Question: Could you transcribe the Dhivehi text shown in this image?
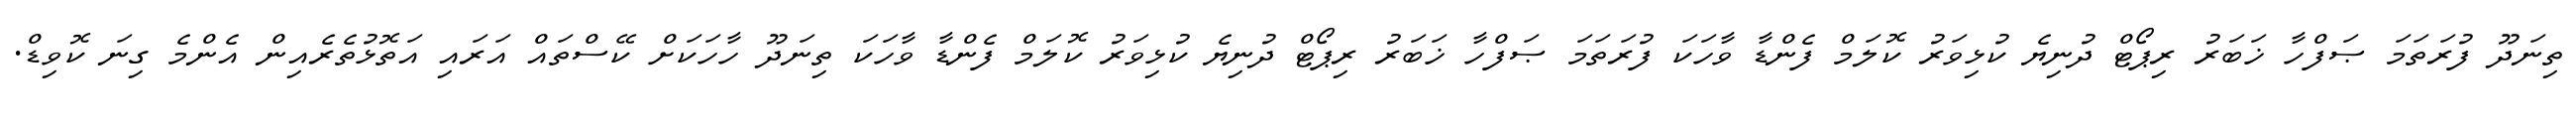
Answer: ތިނަދޫ ފުރަތަމަ ޞަފްހާ ޚަބަރު ރިޕޯޓް ދުނިޔެ ކުޅިވަރު ކޮލަމް ފެންޑާ ވާހަކަ ފުރަތަމަ ޞަފްހާ ޚަބަރު ރިޕޯޓް ދުނިޔެ ކުޅިވަރު ކޮލަމް ފެންޑާ ވާހަކަ ތިނަދޫ ހާހަކަށް ކޭސްތައް އަރައި އަތޮޅުތެރެއިން އެންމެ ގިނަ ކޮވިޑް.